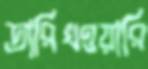
তারিখওয়ারি